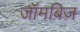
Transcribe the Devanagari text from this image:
जॉमबिज़